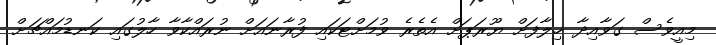
މިއީވެސް ގަވާއިދާ ޚިލާފަށް ޔޫރަޕަށް އެތެރެ ވުމަށްޓަކައި ފުރާނައަށް ނުރައްކާވާ ހާލުގައި ކަނޑުމައްޗަށް